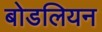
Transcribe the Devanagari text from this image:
बोडलियन